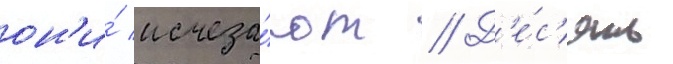
он'и́ исчеза́ют // Д'е́с'ять